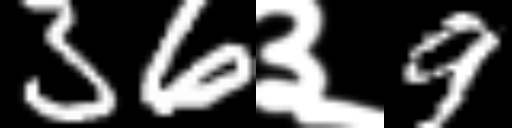
Text: 36३9